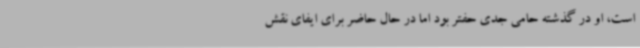
است، او در گذشته حامی جدی حفتر بود اما در حال حاضر برای ایفای نقش